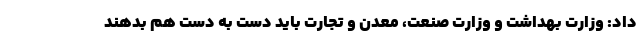
داد: وزارت بهداشت و وزارت صنعت، معدن و تجارت باید دست به دست هم بدهند